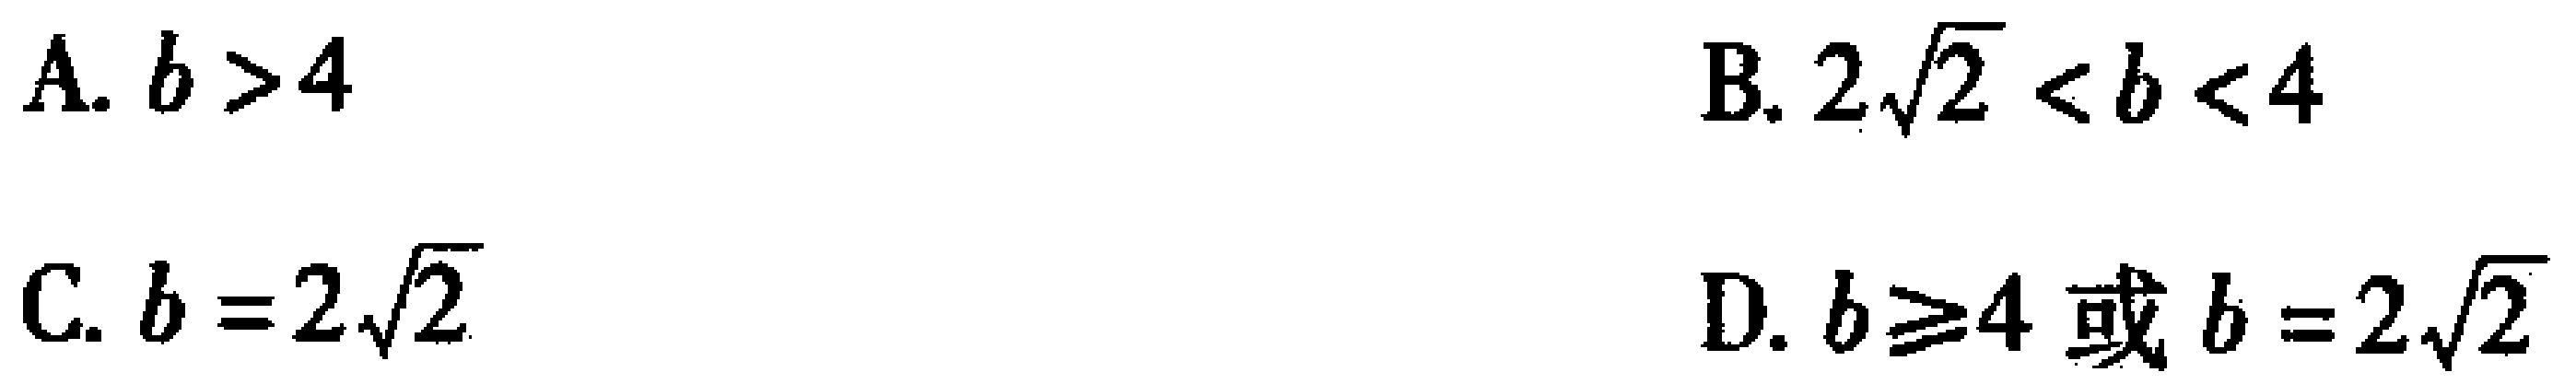
A. \(b > 4\)
B. \(2\sqrt{2}<b<4\)
C. \(b = 2\sqrt{2}\)
D. \(b\geq4或b = 2\sqrt{2}\)